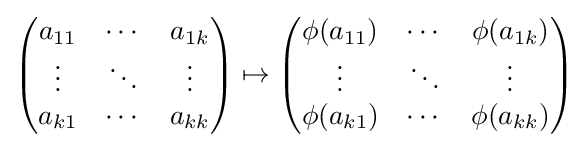
{\begin{pmatrix}a_{11}&\cdots &a_{1k}\\\vdots &\ddots &\vdots \\a_{k1}&\cdots &a_{kk}\end{pmatrix}}\mapsto {\begin{pmatrix}\phi (a_{11})&\cdots &\phi (a_{1k})\\\vdots &\ddots &\vdots \\\phi (a_{k1})&\cdots &\phi (a_{kk})\end{pmatrix}}